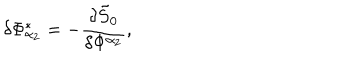
\delta \Phi _ { \alpha _ { 2 } } ^ { * } = - \frac { \delta \tilde { S } _ { 0 } } { \delta \Phi ^ { \alpha _ { 2 } } } ,